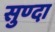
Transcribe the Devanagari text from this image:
सुण्दा